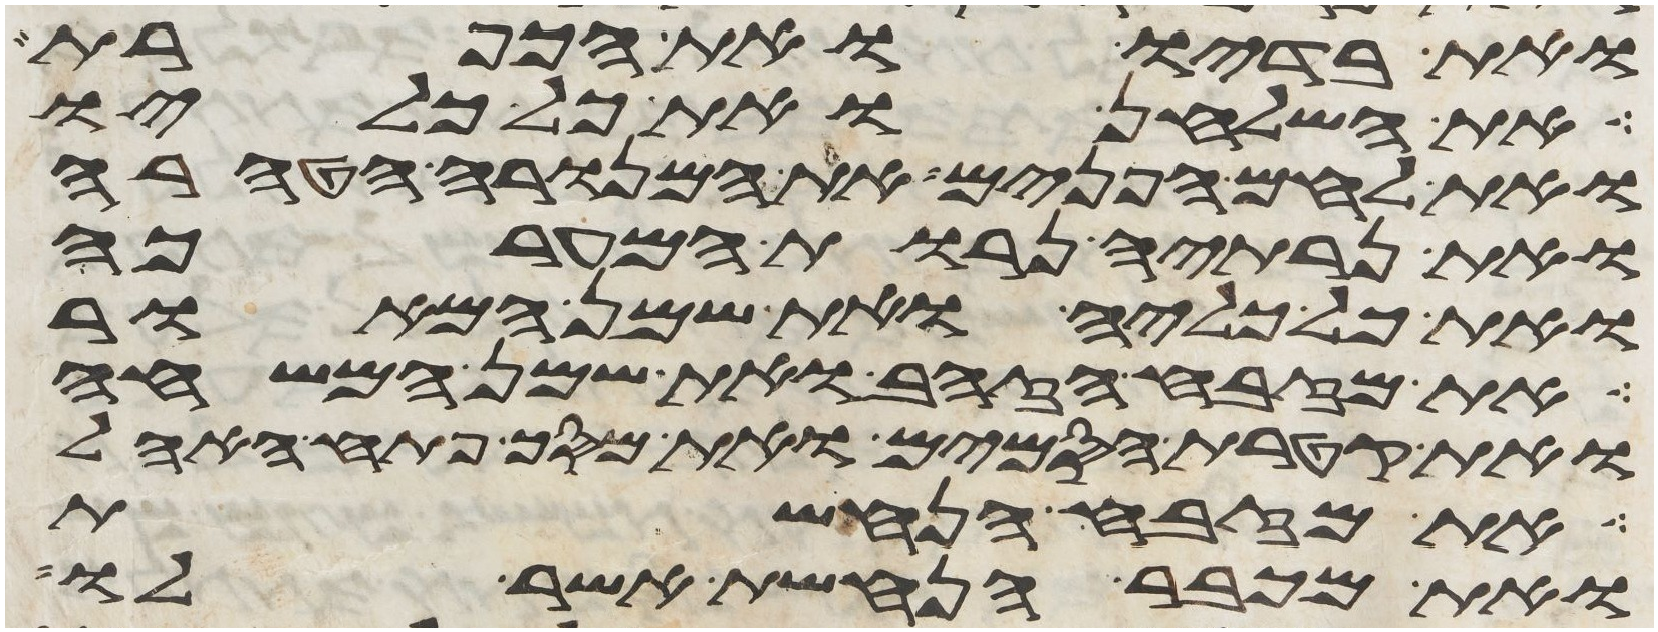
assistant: ואת בדיו ואת הכפרת
את השלחן ואת כל כליו
ואת לחם הפנים את המנורה הטהרה
ואת נרתיה נרות המערכה
ואת כל כליה ואת שמן המאור
את מזבח הזהב ואת שמן המשחה
ואת קטרת הסמים ואת מסך פתח האהל
ואת מזבח הנחשת
ואת מכבר הנחשת אשר לו